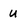
Character: u